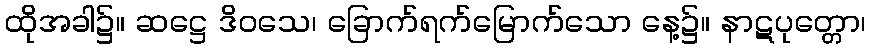
ထိုအခါ၌။ ဆဋ္ဌေ ဒိဝသေ၊ ခြောက်ရက်မြောက်သော နေ့၌။ နာဋပုတ္တော၊